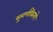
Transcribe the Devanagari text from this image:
सुवर्णकिरणे